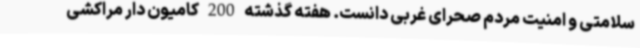
سلامتی و امنیت مردم صحرای غربی دانست. هفته گذشته 200 کامیون دار مراکشی